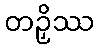
တဉှိဿ